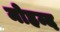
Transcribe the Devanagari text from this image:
मोहम्द